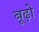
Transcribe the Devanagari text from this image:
बूढ़ो